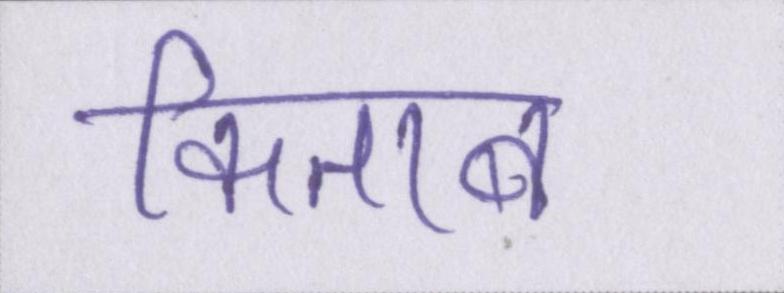
किताब